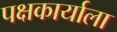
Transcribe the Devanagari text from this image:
पक्षकार्याला